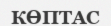
КӨПТАС